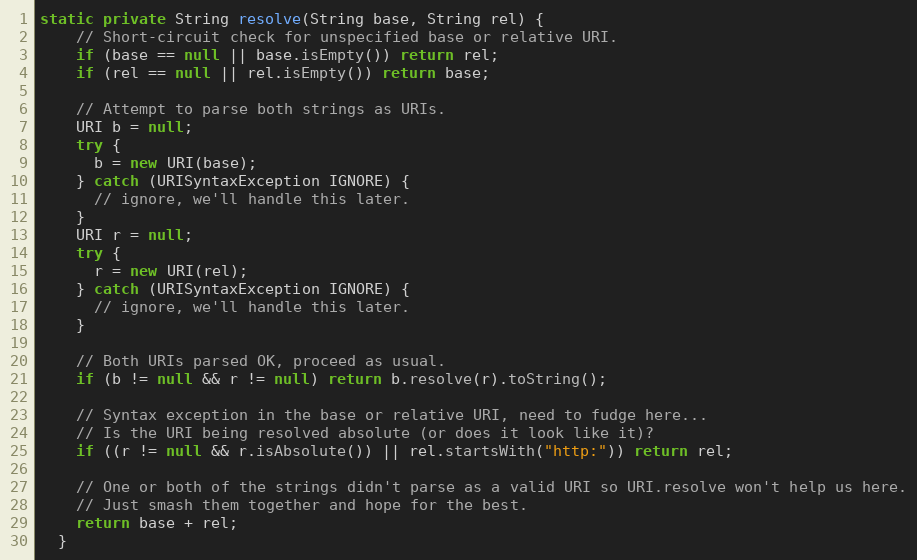
Language: Java
static private String resolve(String base, String rel) {
    // Short-circuit check for unspecified base or relative URI.
    if (base == null || base.isEmpty()) return rel;
    if (rel == null || rel.isEmpty()) return base;

    // Attempt to parse both strings as URIs.
    URI b = null;
    try {
      b = new URI(base);
    } catch (URISyntaxException IGNORE) {
      // ignore, we'll handle this later.
    }
    URI r = null;
    try {
      r = new URI(rel);
    } catch (URISyntaxException IGNORE) {
      // ignore, we'll handle this later.
    }

    // Both URIs parsed OK, proceed as usual.
    if (b != null && r != null) return b.resolve(r).toString();

    // Syntax exception in the base or relative URI, need to fudge here...
    // Is the URI being resolved absolute (or does it look like it)?
    if ((r != null && r.isAbsolute()) || rel.startsWith("http:")) return rel;

    // One or both of the strings didn't parse as a valid URI so URI.resolve won't help us here.
    // Just smash them together and hope for the best.
    return base + rel;
  }